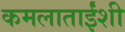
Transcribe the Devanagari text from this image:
कमलाताईंशी